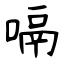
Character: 嗝